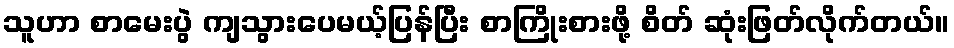
သူဟာ စာမေးပွဲ ကျသွားပေမယ့်ပြန်ပြီး စာကြိုးစားဖို့ စိတ် ဆုံးဖြတ်လိုက်တယ်။